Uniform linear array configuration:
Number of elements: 4
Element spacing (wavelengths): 1
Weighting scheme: cosine
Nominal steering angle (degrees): -15
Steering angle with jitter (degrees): -15.069
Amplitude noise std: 0.05
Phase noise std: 0.05

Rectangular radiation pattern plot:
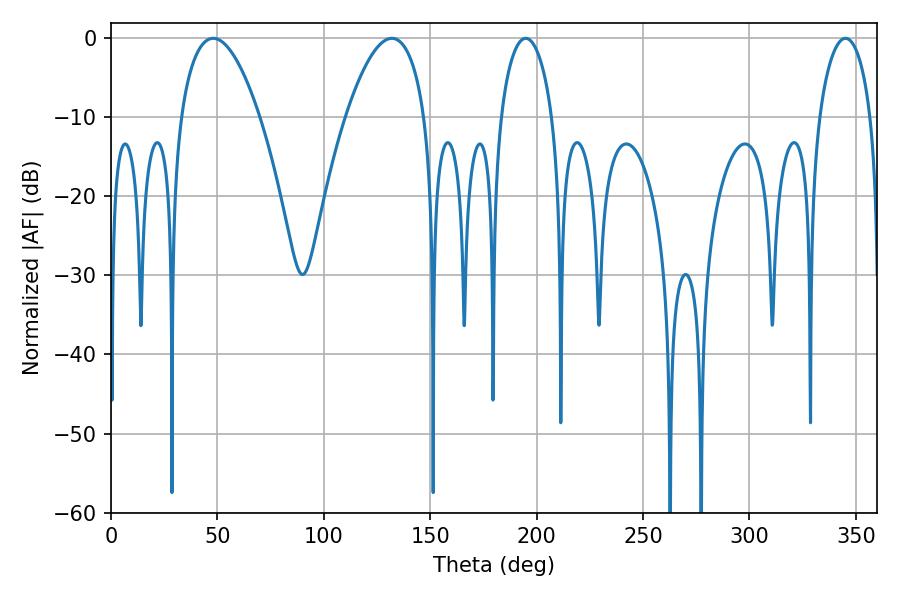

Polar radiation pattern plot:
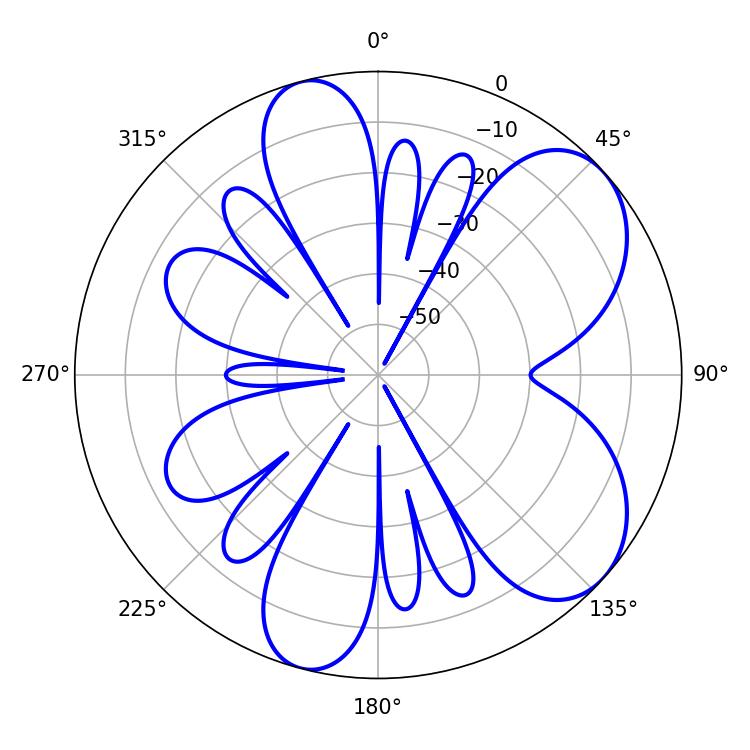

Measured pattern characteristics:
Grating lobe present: TRUE
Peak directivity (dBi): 6.742
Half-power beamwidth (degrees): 20.52
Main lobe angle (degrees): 48.06